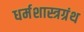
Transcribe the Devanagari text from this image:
धर्मशास्त्रग्रंथ